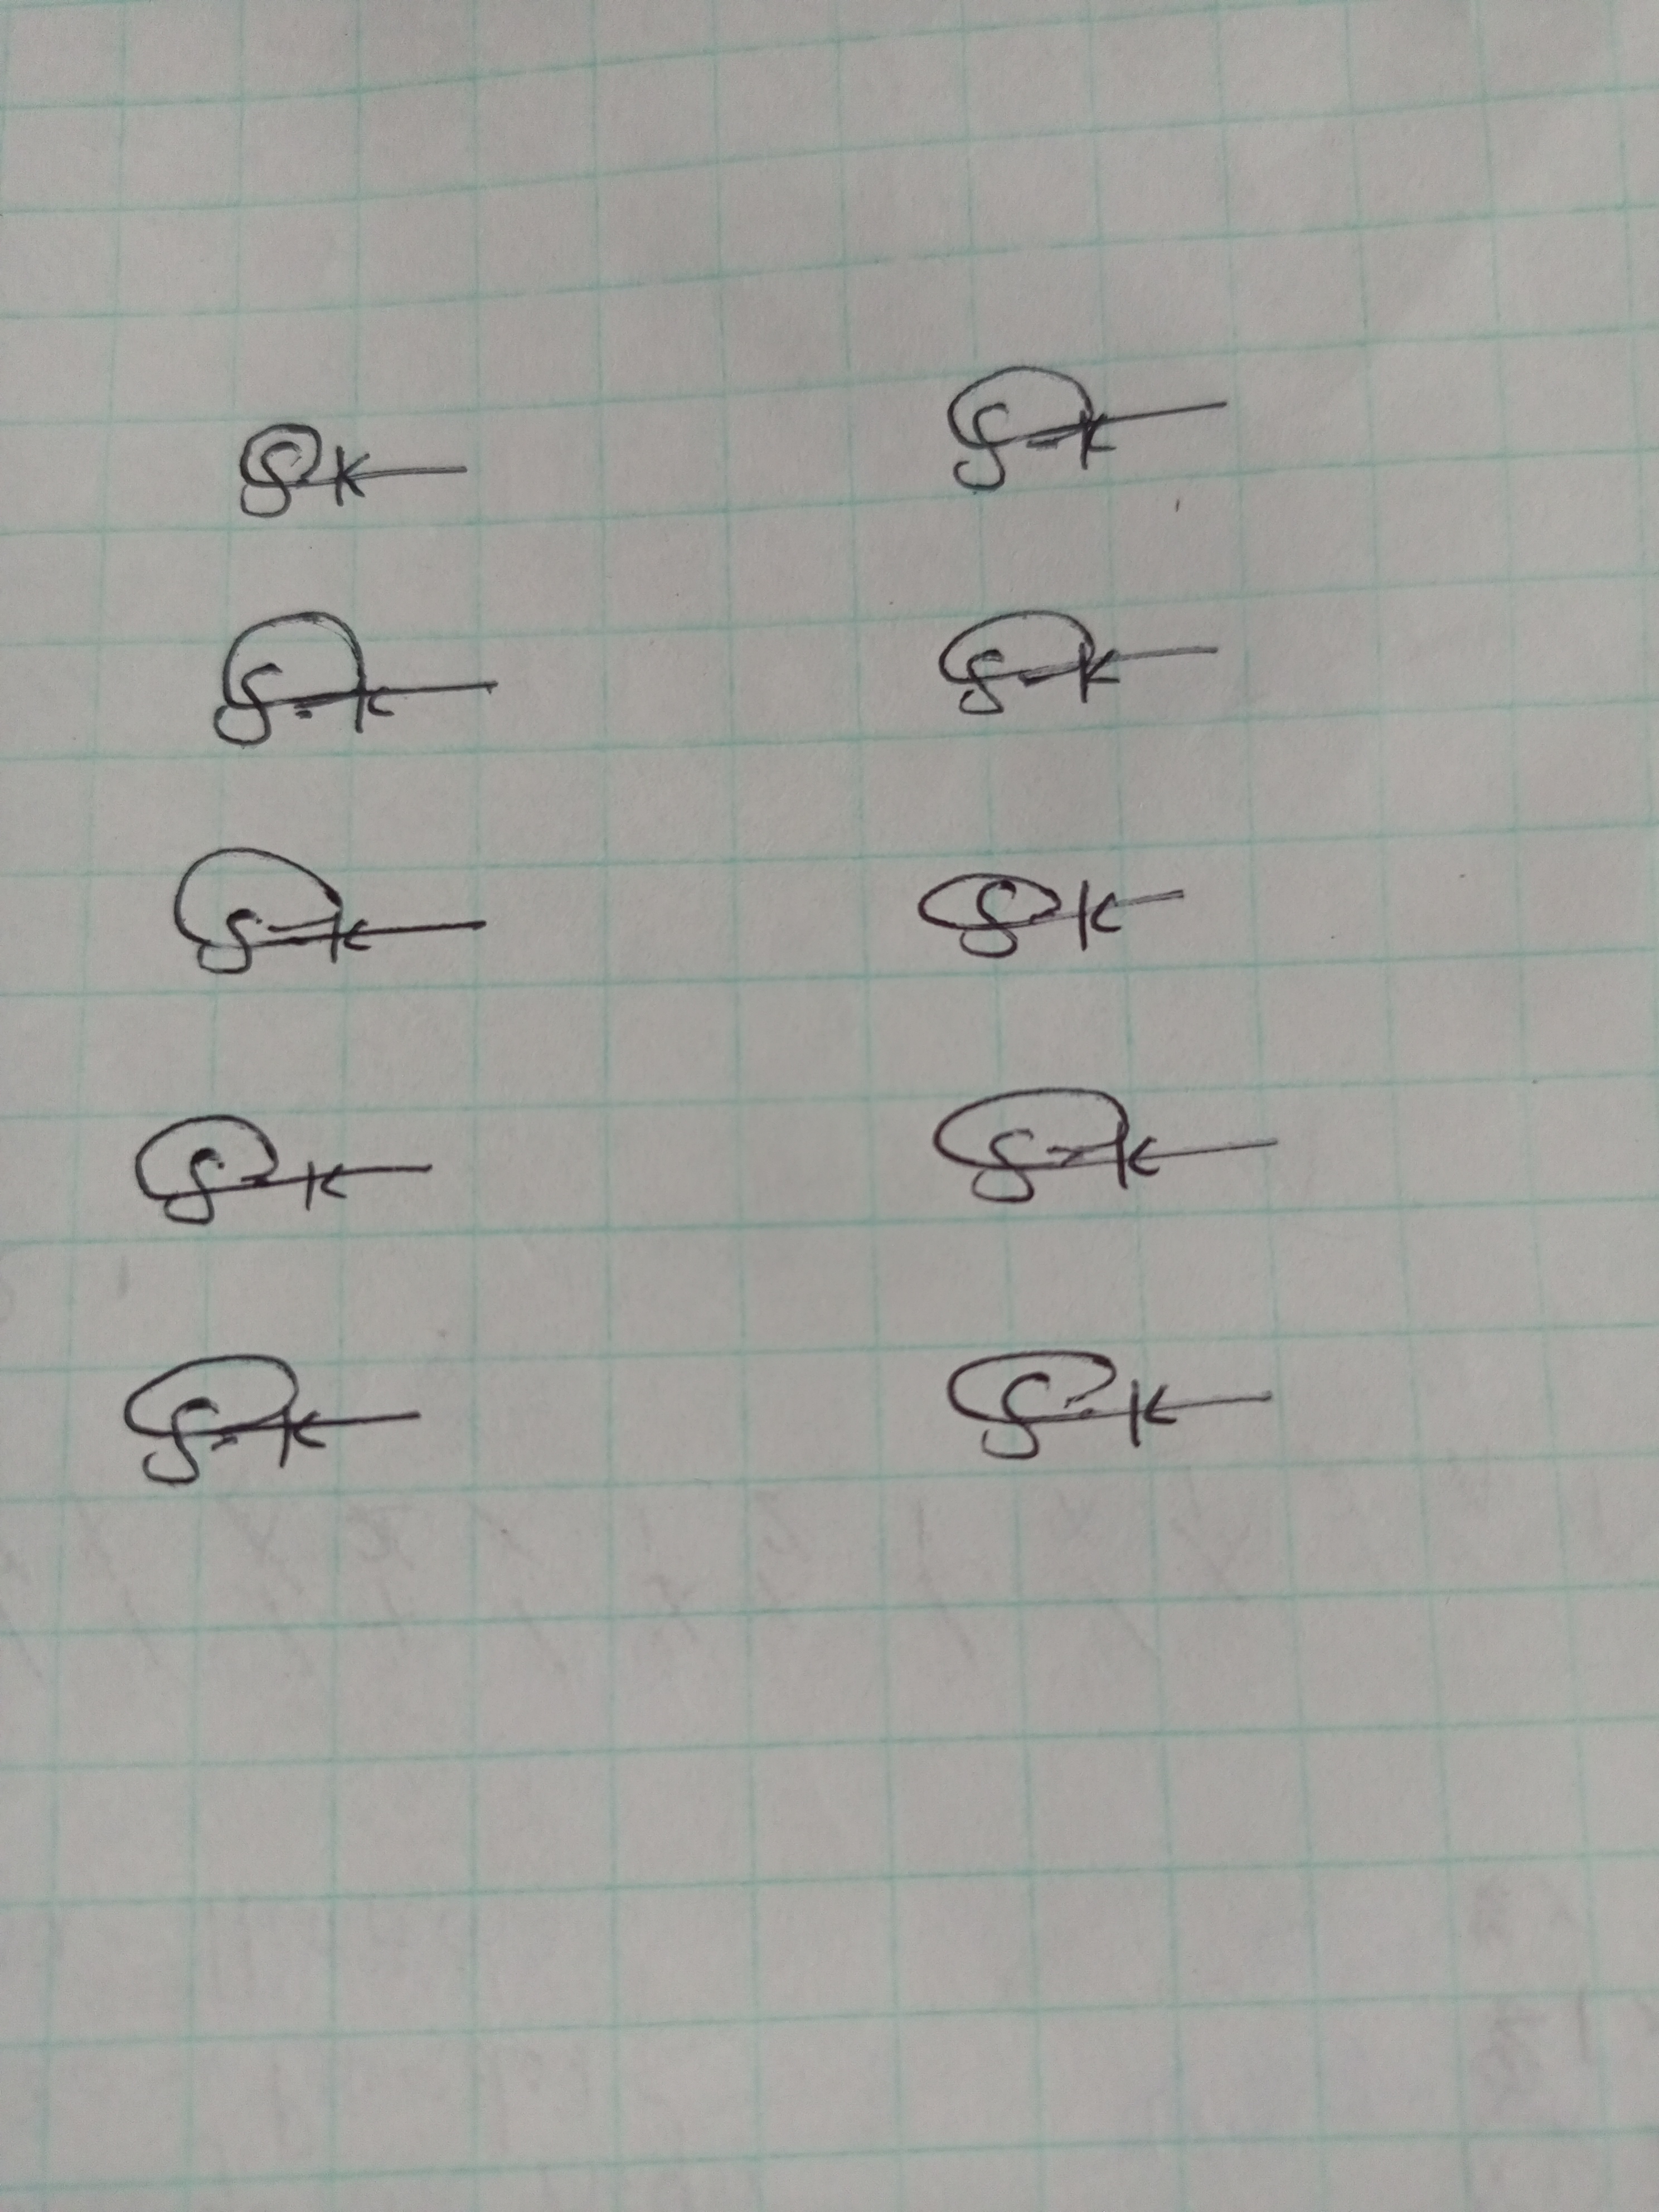
Signature authenticity: genuine